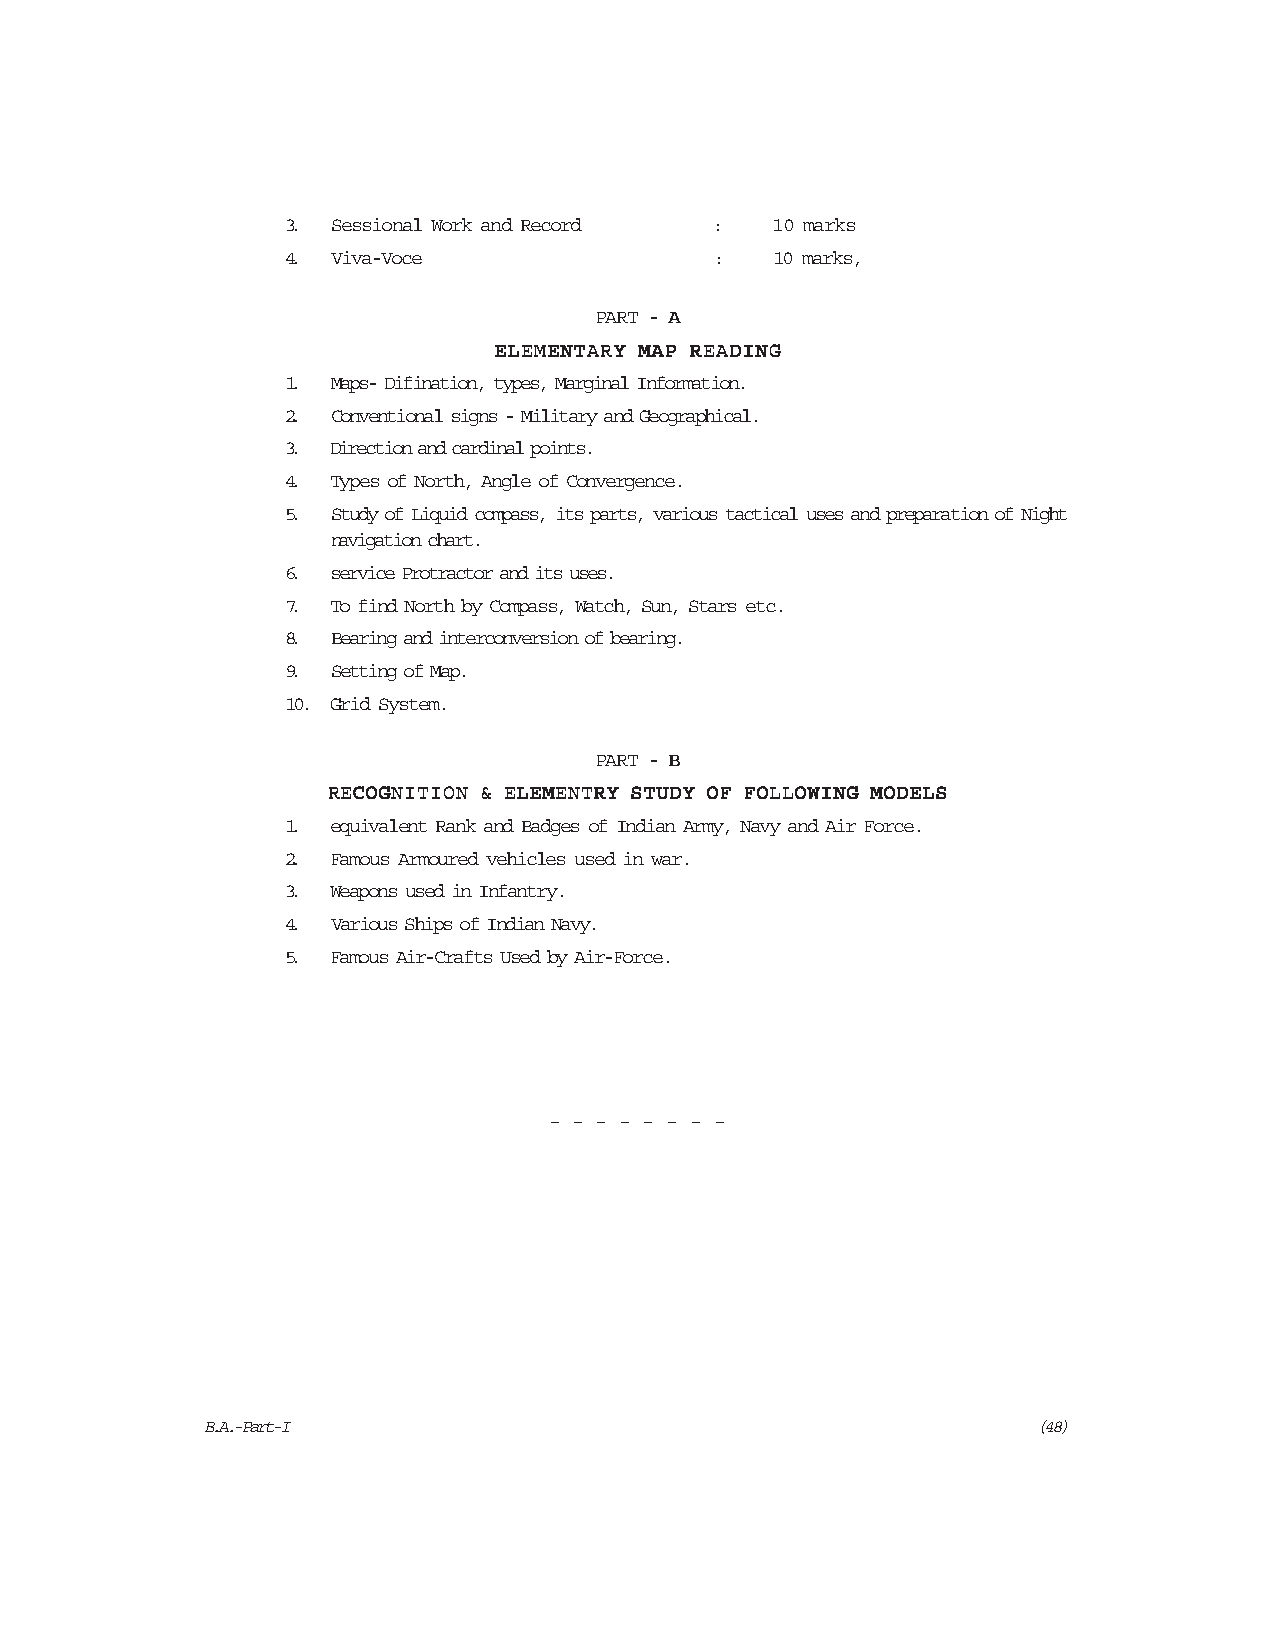
3. Sessional Work and Record :  10 marks
 4. Viva-Voce                :   10 marks,
 PPPPPAAAAARRRRRTTTTT ----- AAAAA
 EEEEELLLLLEEEEEMMMMMEEEEENNNNNTTTTTAAAAARRRRRYYYYY MMMMMAAAAAPPPPP RRRRREEEEEAAAAADDDDDIIIIINNNNNGGGGG
 1. Maps- Difination, types, Marginal Information.
 2. Conventional signs - Military and Geographical.
 3. Direction and cardinal points.
 4. Types of North, Angle of Convergence.
 5. Study of Liquid compass, its parts, various tactical uses and preparation of Night
 navigation chart.
 6. service Protractor and its uses.
 7. To find North by Compass, Watch, Sun, Stars etc.
 8. Bearing and interconversion of bearing.
 9. Setting of Map.
 10. Grid System.
 PPPPPAAAAARRRRRTTTTT ----- BBBBB
 RRRRREEEEECCCCCOOOOOGGGGGNNNNNIIIIITTTTTIIIIIOOOOONNNNN &&&&& EEEEELLLLLEEEEEMMMMMEEEEENNNNNTTTTTRRRRRYYYYY SSSSSTTTTTUUUUUDDDDDYYYYY OOOOOFFFFF FFFFFOOOOOLLLLLLLLLLOOOOOWWWWWIIIIINNNNNGGGGG MMMMMOOOOODDDDDEEEEELLLLLSSSSS
 1. equivalent Rank and Badges of Indian Army, Navy and Air Force.
 2. Famous Armoured vehicles used in war.
 3. Weapons used in Infantry.
 4. Various Ships of Indian Navy.
 5. Famous Air-Crafts Used by Air-Force.
 - - - - - - - -
 B.A.-Part-I                                             (48)